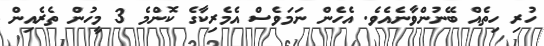
ހުރި ހިތެއް ބޭނުންވާނެއެވެ. އެހެން ނަމަވެސް އެމެރިކާގެ ކޮންމެ 3 މީހުން ތެރެއިން